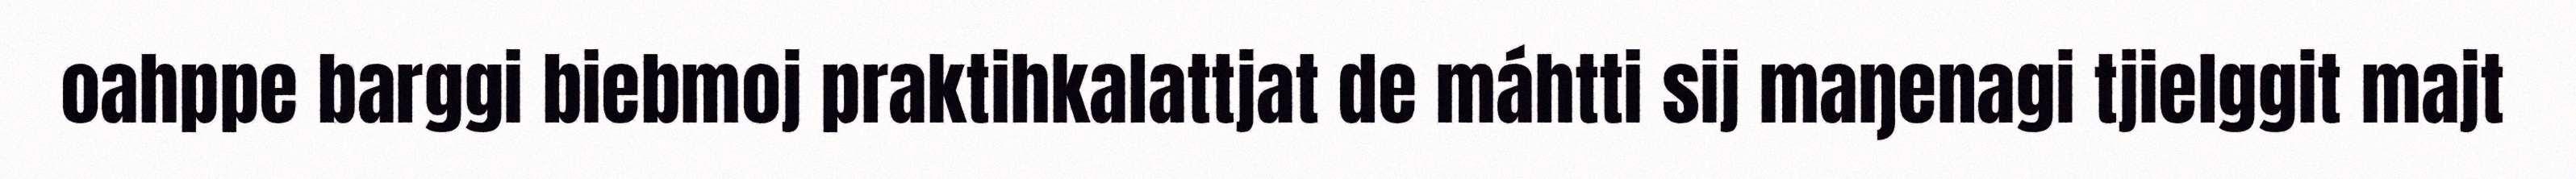
oahppe barggi biebmoj praktihkalattjat de máhtti sij maŋenagi tjielggit majt